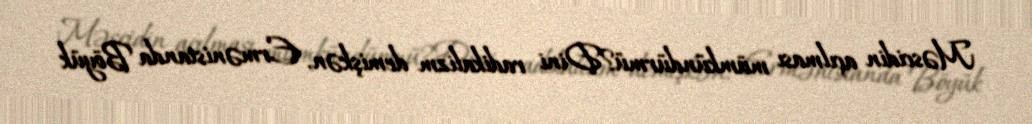
Məscidin açılması mümkündürmü?Dini radikalizm demişkən, Ermənistanda Böyük